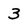
Character: 3